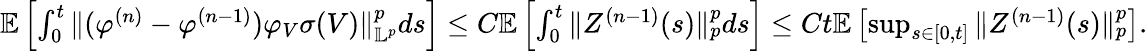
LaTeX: \begin{array}{r}{\mathbb E\left[\int_{0}^{t}\| (\varphi^{(n)}-\varphi^{(n-1)})\varphi_{V}\sigma(V)\| _{\mathbb L^{p}}^{p}ds\right]\leq C\mathbb E\left[\int_{0}^{t}\| Z^{(n-1)}(s)\| _{p}^{p}ds\right]\leq Ct\mathbb E\left[\operatorname*{sup}_{s\in[0,t]}\| Z^{(n-1)}(s)\| _{p}^{p}\right].}\end{array}